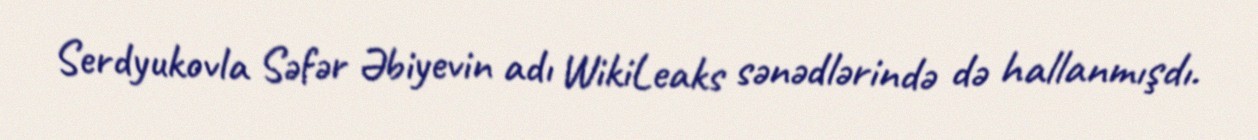
Serdyukovla Səfər Əbiyevin adı WikiLeaks sənədlərində də hallanmışdı.